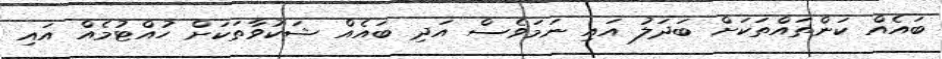
ބައެއް ކަންތައްތަކަށް ބަދަލު އައި ނަމަވެސް އަދި ބައެއް ޝަކުވާތަކަށް ހުއްޓުމެއް އައި